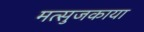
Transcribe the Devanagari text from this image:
मत्सुजकाया